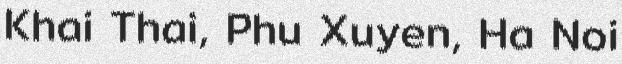
Khai Thai, Phu Xuyen, Ha Noi